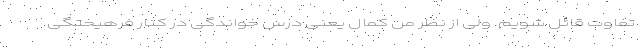
تفاوت قائل شویم. ولی از نظر من کمال یعنی درس خواندگی در کنار فرهیختگی.